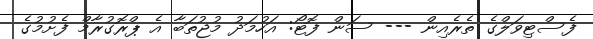
ފެސްޓިވަލްގެ ތެރެއިން --- ސަން ފޮޓޯ: އަހުމަދު މުޖުތަބާ އެ ޕްރޮގުރާމް ފެށުމުގެ